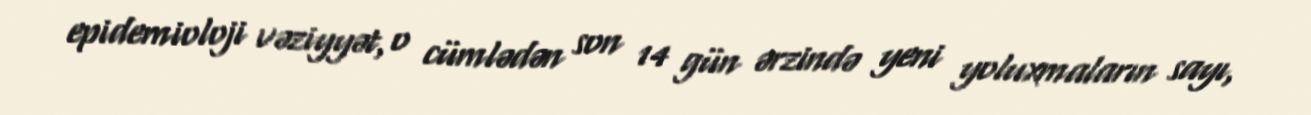
epidemioloji vəziyyət, o cümlədən son 14 gün ərzində yeni yoluxmaların sayı,